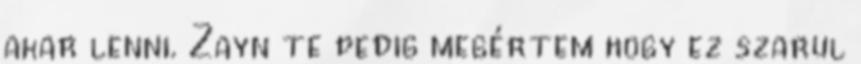
akar lenni. Zayn te pedig megértem hogy ez szarul